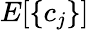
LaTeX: E[\{ c_{j}\} ]